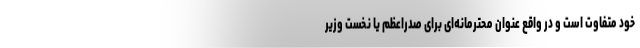
خود متفاوت است و در واقع عنوان محترمانه‌ای برای صدراعظم یا نخست وزیر